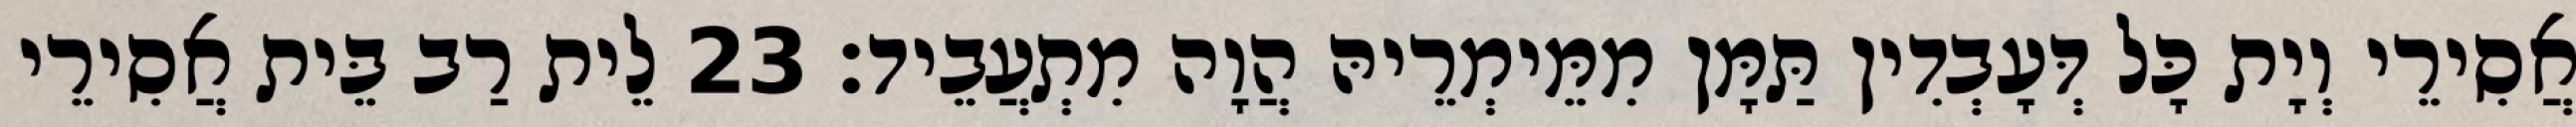
אֲסִירֵי וְיָת כָּל דְּעָבְדִין תַּמָּן מִמֵּימְרֵיהּ הֲוָה מִתְעֲבֵיד׃ 23 לֵית רַב בֵּית אֲסִירֵי